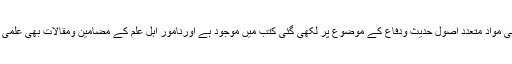
حفاظت حدیث کےسلسلے میں تفصیلی مواد متعدد اصول حدیث ودفاع کے موضوع پر لکھی گئی کتب میں موجود ہے اورنامور اہل علم کے مضامین ومقالات بھی علمی رسائل وجرائد میں طبع ہوچکے ہیں۔